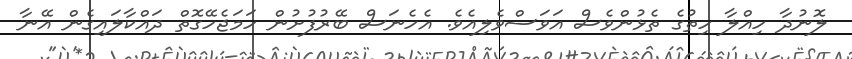
ލޮނުދާ ހިއްލާ ހިތުގެ ތެޅުންވެސް އަވަސްވެލިއެވެ. އެހެނަސް ބޭރުފުށުން ހަމަޖެހޭގޮތް ދައްކާލައިގެން އޭނާ